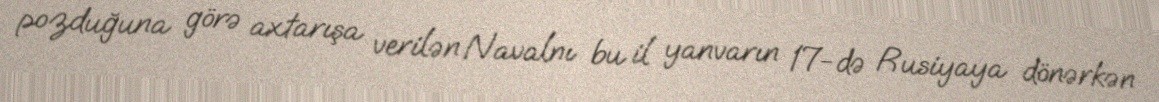
pozduğuna görə axtarışa verilən Navalnı bu il yanvarın 17-də Rusiyaya dönərkən